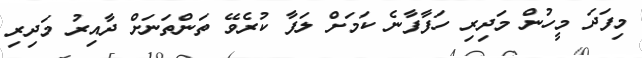
މިފަދަ މީހުން މަދިރި ހަފާފާނެ ކަމަަށް ލަފާ ކުރެވޭ ތަންތަނަށް ދާއިރު މަދިރި